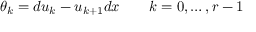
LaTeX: \theta _ { k } = d u _ { k } - u _ { k + 1 } d x \qquad k = 0 , \ldots , r - 1